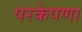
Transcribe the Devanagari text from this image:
परकेपणा